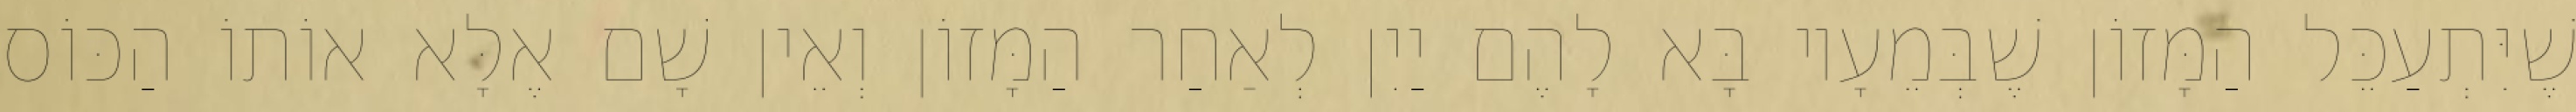
שֶׁיִּתְעַכֵּל הַמָּזוֹן שֶׁבְּמֵעָיו בָּא לָהֶם יַיִן לְאַחַר הַמָּזוֹן וְאֵין שָׁם אֶלָּא אוֹתוֹ הַכּוֹס